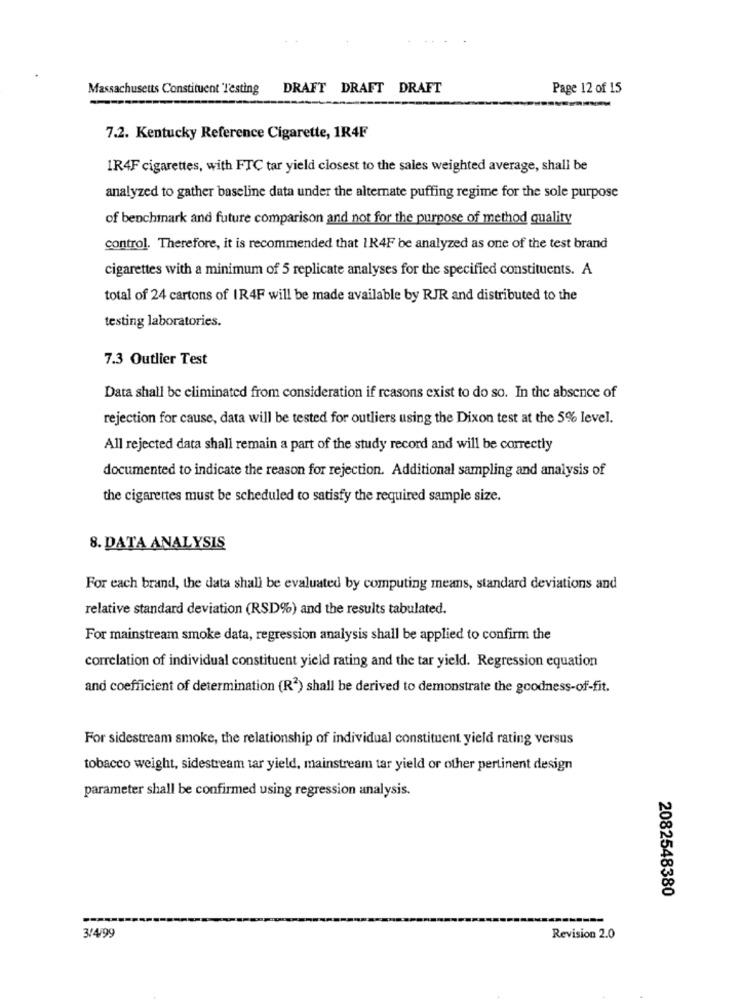
Massachusetts Constituent Testing
DRAFT DRAFT DRAFT
Page 12 of 15
7.2. Kentucky Reference Cigarette, 1R4F
1R4F cigarettes, with FTC tar yield closest to the sales weighted average, shall be
analyzed to gather baseline data under the alternate puffing regime for the sole purpose
of benchmark and future comparison and not for the purpose of method quality
control. Therefore, it is recommended that 1R4F be analyzed as one of the test brand
cigarettes with a minimum of 5 replicate analyses for the specified constituents. A
total of 24 cartons of IR4F will be made available by RJR and distributed to the
testing laboratories.
7.3 Outlier Test
Data shall be eliminated from consideration if reasons exist to do so. In the absence of
rejection for cause, data will be tested for outliers using the Dixon test at the 5% level.
All rejected data shall remain a part of the study record and will be correctly
documented to indicate the reason for rejection. Additional sampling and analysis of
the cigarettes must be scheduled to satisfy the required sample size.
8. DATA ANALYSIS
For each brand, the data shall be evaluated by computing means, standard deviations and
relative standard deviation (RSD%) and the results tabulated.
For mainstream smoke data, regression analysis shall be applied to confirm the
correlation of individual constituent yield rating and the tar yield. Regression equation
and coefficient of determination (R2) shall be derived to demonstrate the goodness-of-fit.
For sidestream smoke, the relationship of individual constituent yield rating versus
tobacco weight, sidestream tar yield, mainstream tar yield or other pertinent design
parameter shall be confirmed using regression analysis.
2082548380
3/4/99
Revision 2.0